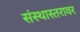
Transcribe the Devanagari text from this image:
संस्थास्तरावर